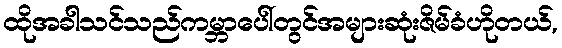
ထိုအခါသင်သည်ကမ္ဘာပေါ်တွင်အများဆုံးဇိမ်ခံဟိုတယ်,